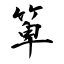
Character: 箄